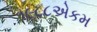
૧૯૮૮એકમ